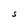
Character: S